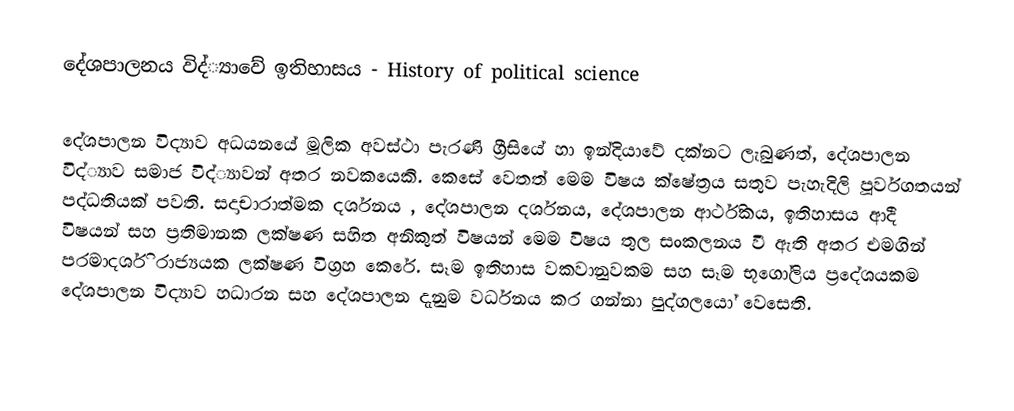
දේශපාලනය විද්‍්‍යාවේ ඉතිහාසය - History of political science

දේශපාලන විද්‍යාව අධයනයේ මූලික අවස්ථා පැරණි ග්‍රීසියේ හා ඉන්දියාවේ දක්නට ලැබුණත්, දේශපාලන විද්‍්‍යාව සමාජ විද්‍්‍යාවන් අතර නවකයෙකි. කෙසේ වෙතත් මෙම විෂය ක්ෂේත්‍රය සතුව පැහැදිලි පූර්වගතයන් පද්ධතියක් පවති. සදාචාරාත්මක දර්ශනය , දේශපාලන දර්ශනය, දේශපාලන ආර්ථිකය, ඉතිහාසය ආදී විෂයන් සහ ප්‍රතිමානක ලක්ෂණ සහිත අනිකුත් විෂයන් මෙම විෂය තුල සංකලනය වී ඇති අතර එමගින් පරමාදර්ශි රාජ්‍යයක ලක්ෂණ විග්‍රහ කෙරේ. සෑම ඉතිහාස වකවානුවකම සහ සෑම භූගෝලිය ප්‍රදේශයකම දේශපාලන විද්‍යාව හධාරන සහ දේශපාලන දැනුම වර්ධනය කර ගන්නා පුද්ගලයෝ වෙසෙති.